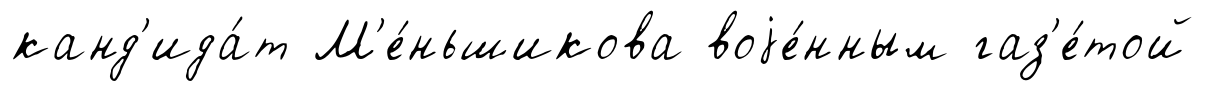
канд'ида́т М'е́ньшикова воjе́нным газ'е́той